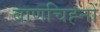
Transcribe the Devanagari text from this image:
बाणचिह्नों